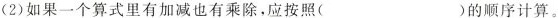
(2)如果一个算式里有加减也有乘除，应按照( )的顺序计算。